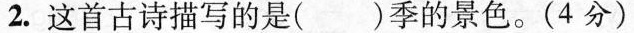
2. 这首古诗描写的是()季的景色。(4分)